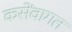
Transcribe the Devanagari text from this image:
कसेंवागत